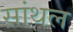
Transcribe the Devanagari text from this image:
सांथल